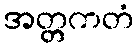
အတ္တကတံ